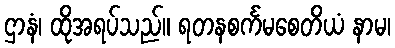
ဌာနံ၊ ထိုအရပ်သည်။ ရတနစင်္ကမစေတိယံ နာမ၊